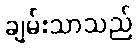
ချမ်းသာသည်